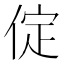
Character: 𠉵